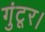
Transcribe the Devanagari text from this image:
गुंटूर।